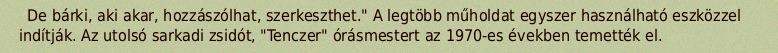
De bárki, aki akar, hozzászólhat, szerkeszthet." A legtöbb műholdat egyszer használható eszközzel indítják. Az utolsó sarkadi zsidót, "Tenczer" órásmestert az 1970-es években temették el.